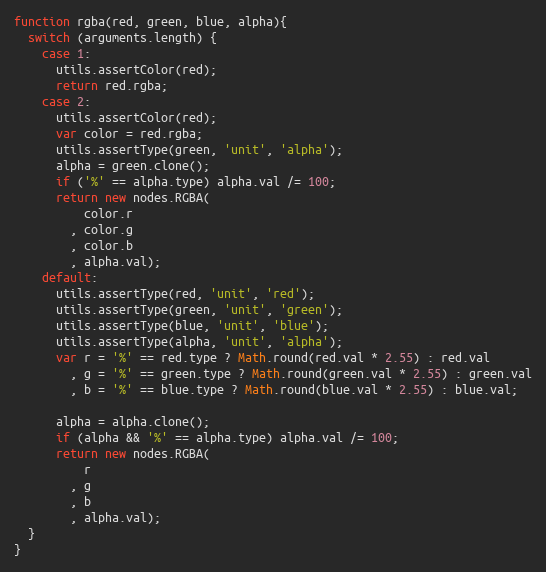
Language: JavaScript
function rgba(red, green, blue, alpha){
  switch (arguments.length) {
    case 1:
      utils.assertColor(red);
      return red.rgba;
    case 2:
      utils.assertColor(red);
      var color = red.rgba;
      utils.assertType(green, 'unit', 'alpha');
      alpha = green.clone();
      if ('%' == alpha.type) alpha.val /= 100;
      return new nodes.RGBA(
          color.r
        , color.g
        , color.b
        , alpha.val);
    default:
      utils.assertType(red, 'unit', 'red');
      utils.assertType(green, 'unit', 'green');
      utils.assertType(blue, 'unit', 'blue');
      utils.assertType(alpha, 'unit', 'alpha');
      var r = '%' == red.type ? Math.round(red.val * 2.55) : red.val
        , g = '%' == green.type ? Math.round(green.val * 2.55) : green.val
        , b = '%' == blue.type ? Math.round(blue.val * 2.55) : blue.val;

      alpha = alpha.clone();
      if (alpha && '%' == alpha.type) alpha.val /= 100;
      return new nodes.RGBA(
          r
        , g
        , b
        , alpha.val);
  }
}